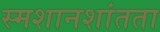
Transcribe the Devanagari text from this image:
स्मशानशांतता